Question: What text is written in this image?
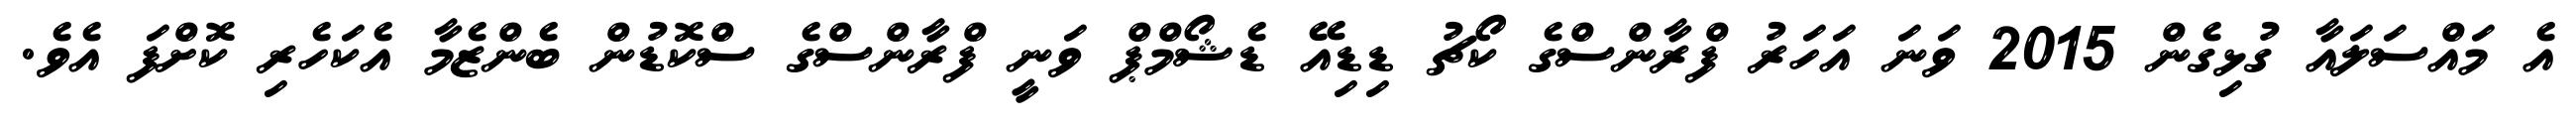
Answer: އެ މައްސަލައާ ގުޅިގެން 2015 ވަނަ އަހަރު ފްރާންސްގެ ކޯޗު ޑިޑިއޭ ޑެޝޯމްޕް ވަނީ ފްރާންސްގެ ސްކޮޑުން ބެންޒެމާ އެކަހެރި ކޮށްފަ އެވެ.